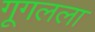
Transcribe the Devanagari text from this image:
गूगलला